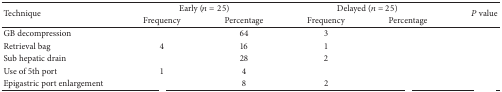
<table><thead><tr><td rowspan="2"><b>Technique</b></td><td colspan="2"><b>Early (<i>n</i> = 25)</b></td><td colspan="2"><b>Delayed (<i>n</i> = 25)</b></td><td rowspan="2"><b><i>P</i> value</b></td></tr><tr><td><b>Frequency</b></td><td><b>Percentage</b></td><td><b>Frequency</b></td><td><b>Percentage</b></td></tr></thead><tbody><tr><td>GB decompression</td><td>[EMPTY_CELL]</td><td>64</td><td>3</td><td>[EMPTY_CELL]</td><td>[EMPTY_CELL]</td></tr><tr><td>Retrieval bag</td><td>4</td><td>16</td><td>1</td><td>[EMPTY_CELL]</td><td>[EMPTY_CELL]</td></tr><tr><td>Sub hepatic drain</td><td>[EMPTY_CELL]</td><td>28</td><td>2</td><td>[EMPTY_CELL]</td><td>[EMPTY_CELL]</td></tr><tr><td>Use of 5th port</td><td>1</td><td>4</td><td>[EMPTY_CELL]</td><td>[EMPTY_CELL]</td><td>[EMPTY_CELL]</td></tr><tr><td>Epigastric port enlargement</td><td>[EMPTY_CELL]</td><td>8</td><td>2</td><td>[EMPTY_CELL]</td><td>[EMPTY_CELL]</td></tr></tbody></table>